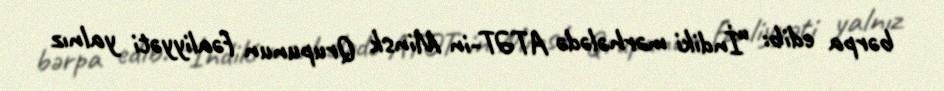
bərpa edib: “İndiki mərhələdə ATƏT-in Minsk Qrupunun fəaliyyəti yalnız